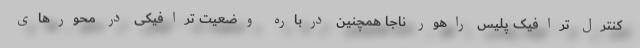
کنترل ترافیک پلیس راهور ناجا همچنین درباره وضعیت ترافیکی در محورهای